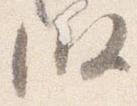
段